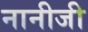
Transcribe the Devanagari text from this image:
नानीजी